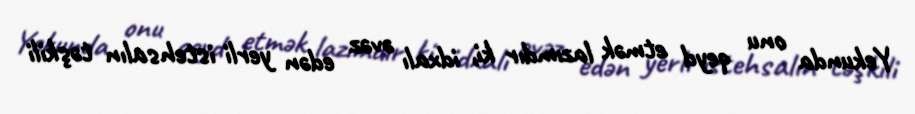
Yekunda onu qeyd etmək lazımdır ki, idxalı əvəz edən yerli istehsalın təşkili